Report on the cholera epidemic of
Year: 1868
Disease focus: Cholera
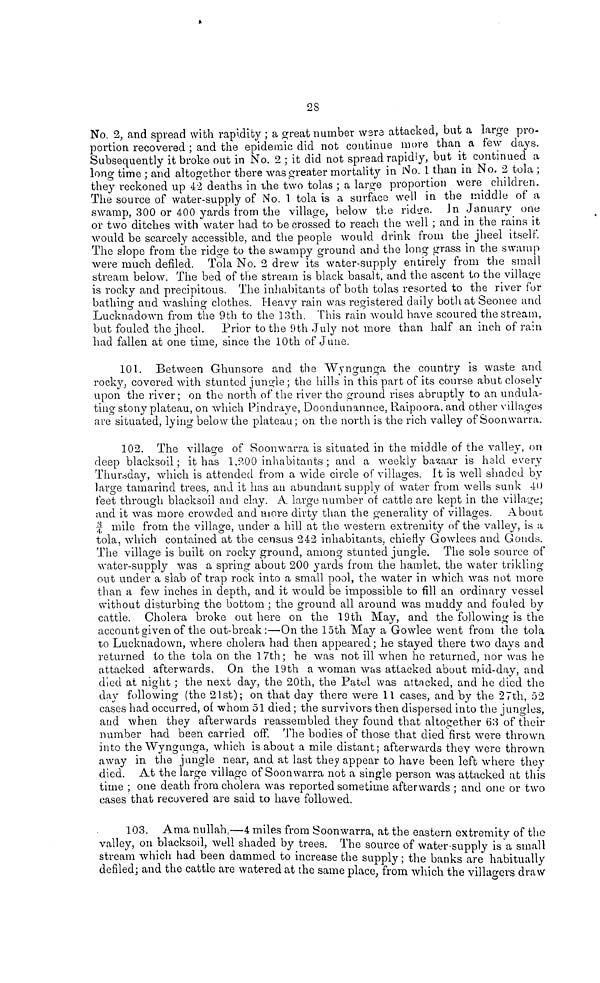
28
No. 2, and spread with rapidity ; a great number were attacked, but a large pro-
portion recovered ; and the epidemic did not continue more than a few days.
Subsequently it broke out in No. 2 ; it did not spread rapidly, but it continued a
long time ; and altogether there was greater mortality in No. 1 than in No. 2 tola ;
they reckoned up 42 deaths in the two tolas ; a large proportion were children.
The source of water-supply of No. 1 tola is a surface well in the middle of a
swamp, 300 or 400 yards from the village, below the ridge. In January one
or two ditches with water had to be crossed to reach the well ; and in the rains it
would be scarcely accessible, and the people would drink from the jheel itself.
The slope from the ridge to the swampy ground and the long grass in the swamp
were much defiled. Tola No. 2 drew its water-supply entirely from the small
stream below. The bed of the stream is black basalt, and the ascent to the village
is rocky and precipitous. The inhabitants of both tolas resorted to the river for
bathing and washing clothes. Heavy rain was registered daily both at Seonee and
Lucknadown from the 9th to the 13th. This rain would have scoured the stream,
but fouled the jheel. Prior to the 9th July not more than half an inch of rain
had fallen at one time, since the 10th of June.
101. Between Ghunsore and the Wyngunga the country is waste and
rocky, covered with stunted jungle; the hills in this part of its course abut closely
upon the river; on the north of the river the ground rises abruptly to an undula-
ting stony plateau, on which Pindraye, Doondunannee, Raipoora. and other villages
are situated, lying below the plateau ; on the north is the rich valley of Soonwarra.
102. The village of Soonwarra is situated in the middle of the valley, on
deep blacksoil ; it has 1,200 inhabitants ; and a weekly bazaar is held every
Thursday, which is attended from a wide circle of villages. It is well shaded by
large tamarind trees, and it has an abundant supply of water from wells sunk 40
feet through blacksoil and clay. A large number of cattle are kept in the village;
and it was more crowded and more dirty than the generality of villages. About
¾ mile from the village, under a hill at the western extremity of the valley, is a
tola, which contained at the census 242 inhabitants, chiefly Gowlees and Gonds.
The village is built on rocky ground, among stunted jungle. The sole source of
water-supply was a spring about 200 yards from the hamlet, the water trikling
out under a slab of trap rock into a small pool, the water in which was not more
than a few inches in depth, and it would be impossible to fill an ordinary vessel
without disturbing the bottom ; the ground all around was muddy and fouled by
cattle. Cholera broke out here on the 19th May, and the following is the
account given of the out-break :—On the 15th May a Gowlee went from the tola
to Lucknadown, where cholera had then appeared; he stayed there two days and
returned to the tola on the 17th ; he was not ill when he returned, nor was he
attacked afterwards. On the 19th a woman was attacked about mid-day, and
died at night ; the next day, the 20th, the Patel was attacked, and he died the
day following (the 21st); on that day there were 11 cases, and by the 27th, 52
cases had occurred, oí whom 51 died ; the survivors then dispersed into the jungles,
and when they afterwards reassembled they found that altogether 63 of their
number had been carried off. The bodies of those that died first were thrown
into the Wyngunga, which is about a mile distant; afterwards they were thrown
away in the jungle near, and at last they appear to have been left where they
died. At the large village of Soonwarra not a single person was attacked at this
time ; one death from cholera was reported sometime afterwards ; and one or two
cases that recovered are said to have followed.
103. Ama nullah,—4 miles from Soonwarra, at the eastern extremity of the
valley, on blacksoil, well shaded by trees. The source of water-supply is a small
stream which had been dammed to increase the supply ; the banks are habitually
defiled; and the cattle are watered at the same place, from which the villagers draw